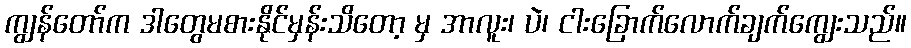
ကျွန်တော်က ဒါတွေမစားနိုင်မှန်းသိတော့ မှ အာလူး၊ ပဲ၊ ငါးခြောက်လောက်ချက်ကျွေးသည်။